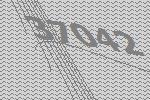
37042